Account of plague administration in the Bombay Presidency from September 1896 till May 1897
Year: 1896
Disease focus: Plague
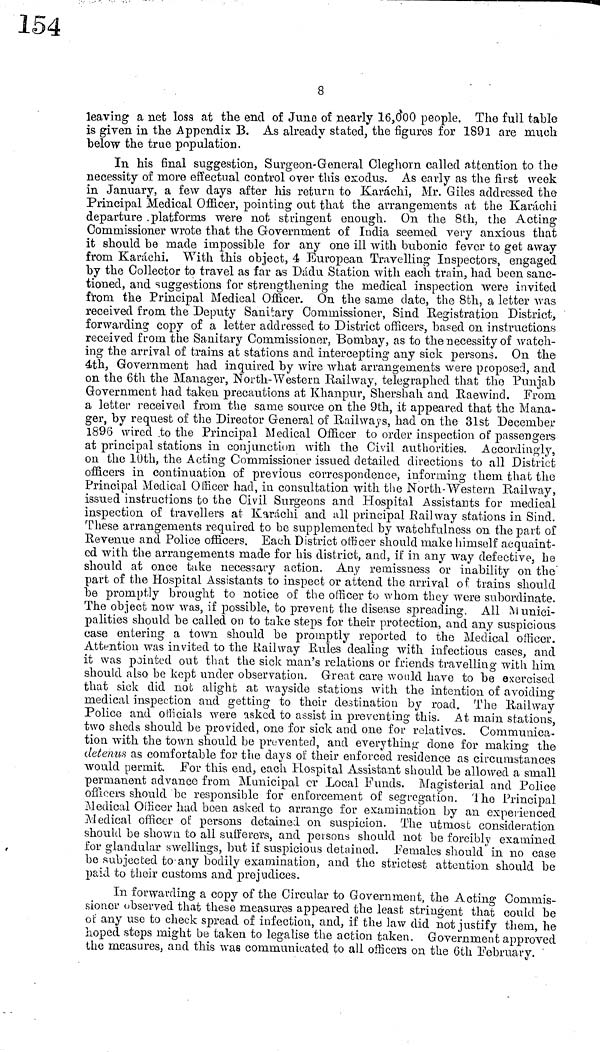
leaving a net loss at the end of Juno of nearly 16,000 people. The full table
is given in the Appendix B. As already stated, the figures for 1891 are much
below the true population.
In his final suggestion, Surgeon-General Cleghom called attention to the
necessity of more effectual control over this exodus. As early as the first week
in January, a few days after his return to Karáchi, Mr. Giles addressed the
Principal Medical Officer, pointing out that the arrangements at the Karachi
departure platforms were not stringent enough. On the 8th, the Acting
Commissioner wrote that the Government of India seemed very anxious that
it should be made impossible for any one ill with bubonic fever to get away
from Karachi. With this object, 4 European Travelling Inspectors, engaged
by the Collector to travel as far as Dádu Station with each train, had been sanc-
tioned, and suggestions for strengthening the medical inspection were invited
from the Principal Medical Officer. On the same date, the 8th, a letter was
received from the Deputy Sanitary Commissioner, Sind Registration District,
forwarding copy of a letter addressed to District officers, based on instructions
received from the Sanitary Commissioner, Bombay, as to the necessity of watch-
ing the arrival of trains at stations and intercepting any sick persons. On the
4th, Government had inquired by wire what arrangements were proposed, and
on the 6th the Manager, North-Western Railway, telegraphed that the Punjab
Government had taken precautions at Khanpur, Shershah and Raewind. From
a letter received from the same source on the 9th, it appeared that the Mana-
ger, by request of the Director General of Railways, had on the 31st December
1896 wired to the Principal Medical Officer to order inspection of passengers
at principal stations in conjunction with the Civil authorities. Accordingly,
on the 10th, the Acting Commissioner issued detailed directions to all District
officers in continuation of previous correspondence, informing them that the
Principal Medical Officer had, in consultation with the North-Western Railway,
issued instructions to the Civil Surgeons and Hospital Assistants for medical
inspection of travellers at Karáchi and all principal Railway stations in Sind.
These arrangements required to be supplemented by watchfulness on the part of
Revenue and Police officers. Each District officer should make himself acquaint-
ed with the arrangements made for his district, and, if in any way defective, he
should at once take necessary action. Any remissness or inability on the
part of the Hospital Assistants to inspect or attend the arrival of trains should
be promptly brought to notice of the officer to whom they were subordinate.
The object now was, if possible, to prevent the disease spreading. All Munici-
palities should be called on to take steps for their protection, and any suspicious
case entering a town should be promptly reported to the Medical officer.
Attention was invited to the Railway Rules dealing with infectious cases, and
it was pointed out that the sick man's relations or friends travelling with him
should also be kept under observation. Great care would have to be exercised
that sick did nob alight at wayside stations with the intention of avoiding
medical inspection and getting to their destination by road. The Railway
Police and officials were asked to assist in preventing this. At main stations,
two sheds should be provided, one for sick and one for relatives. Communica-
tion with the town should be prevented, and everything clone for making the
detenus as comfortable for the days of their enforced residence as circumstances
would permit. For this end, each Hospital Assistant should be allowed a small
permanent advance from Municipal or Local Funds. Magisterial and Police
officers should be responsible for enforcement of segregation. The Principal
Medical Officer had been asked to arrange for examination by an experienced
Medical officer of persons detained on suspicion. The utmost consideration
should be shown to all sufferers, and persons should not be forcibly examined
for glandular swellings, but if suspicious detained. Females should in 110 case
be subjected to-any bodily examination, and the strictest attention should be
paid to their customs and prejudices.
In forwarding a copy of the Circular to Government, the Acting Commis-
sioner observed that these measures appeared the least stringent that could be
of any use to check spread of infection, and, if the law did not justify them, he
hoped steps might be taken to legalise the action taken. Government approved
the measures, and this was communicated to all officers on the 6th February.